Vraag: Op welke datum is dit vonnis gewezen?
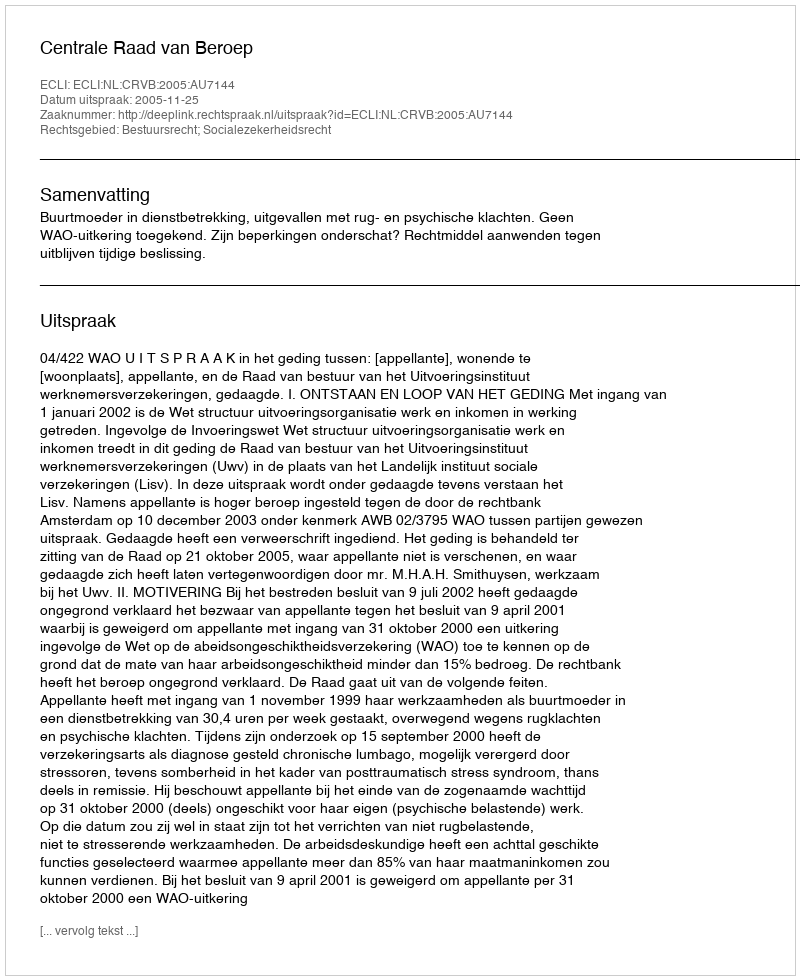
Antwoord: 2005-11-25